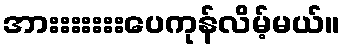
အားးးးးးးပေကုန်လိမ့်မယ်။